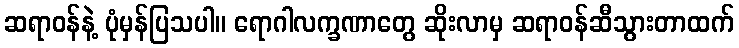
ဆရာဝန်နဲ့ ပုံမှန်ပြသပါ။ ရောဂါလက္ခဏာတွေ ဆိုးလာမှ ဆရာဝန်ဆီသွားတာထက်